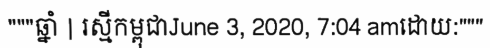
"""ឆ្នាំ | រស្មីកម្ពុជាJune 3, 2020, 7:04 amដោយ:"""